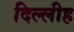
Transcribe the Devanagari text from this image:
दिल्लीह